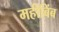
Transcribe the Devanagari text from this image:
महीबिंब